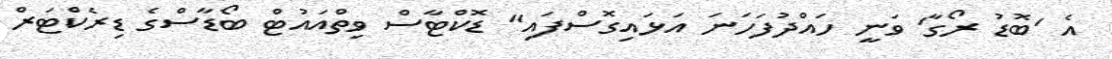
އެ 'ބޮޑު ރޯގާ' ވަނީ ހައްދުފަހަނަ އަޅައިގޮސްފައި" ޑޮކްޓާސް ވިތްއައުޓް ބޯޑާސްގެ ޑިރެކްޓަރް